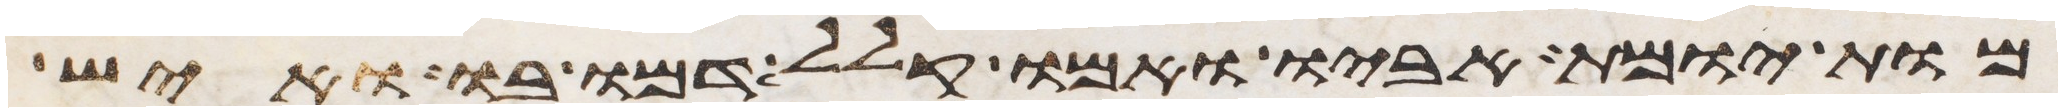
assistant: מות יומת אביו ואמו קלל דמו בו ואיש